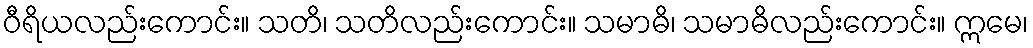
ဝီရိယလည်းကောင်း။ သတိ၊ သတိလည်းကောင်း။ သမာဓိ၊ သမာဓိလည်းကောင်း။ ဣမေ၊